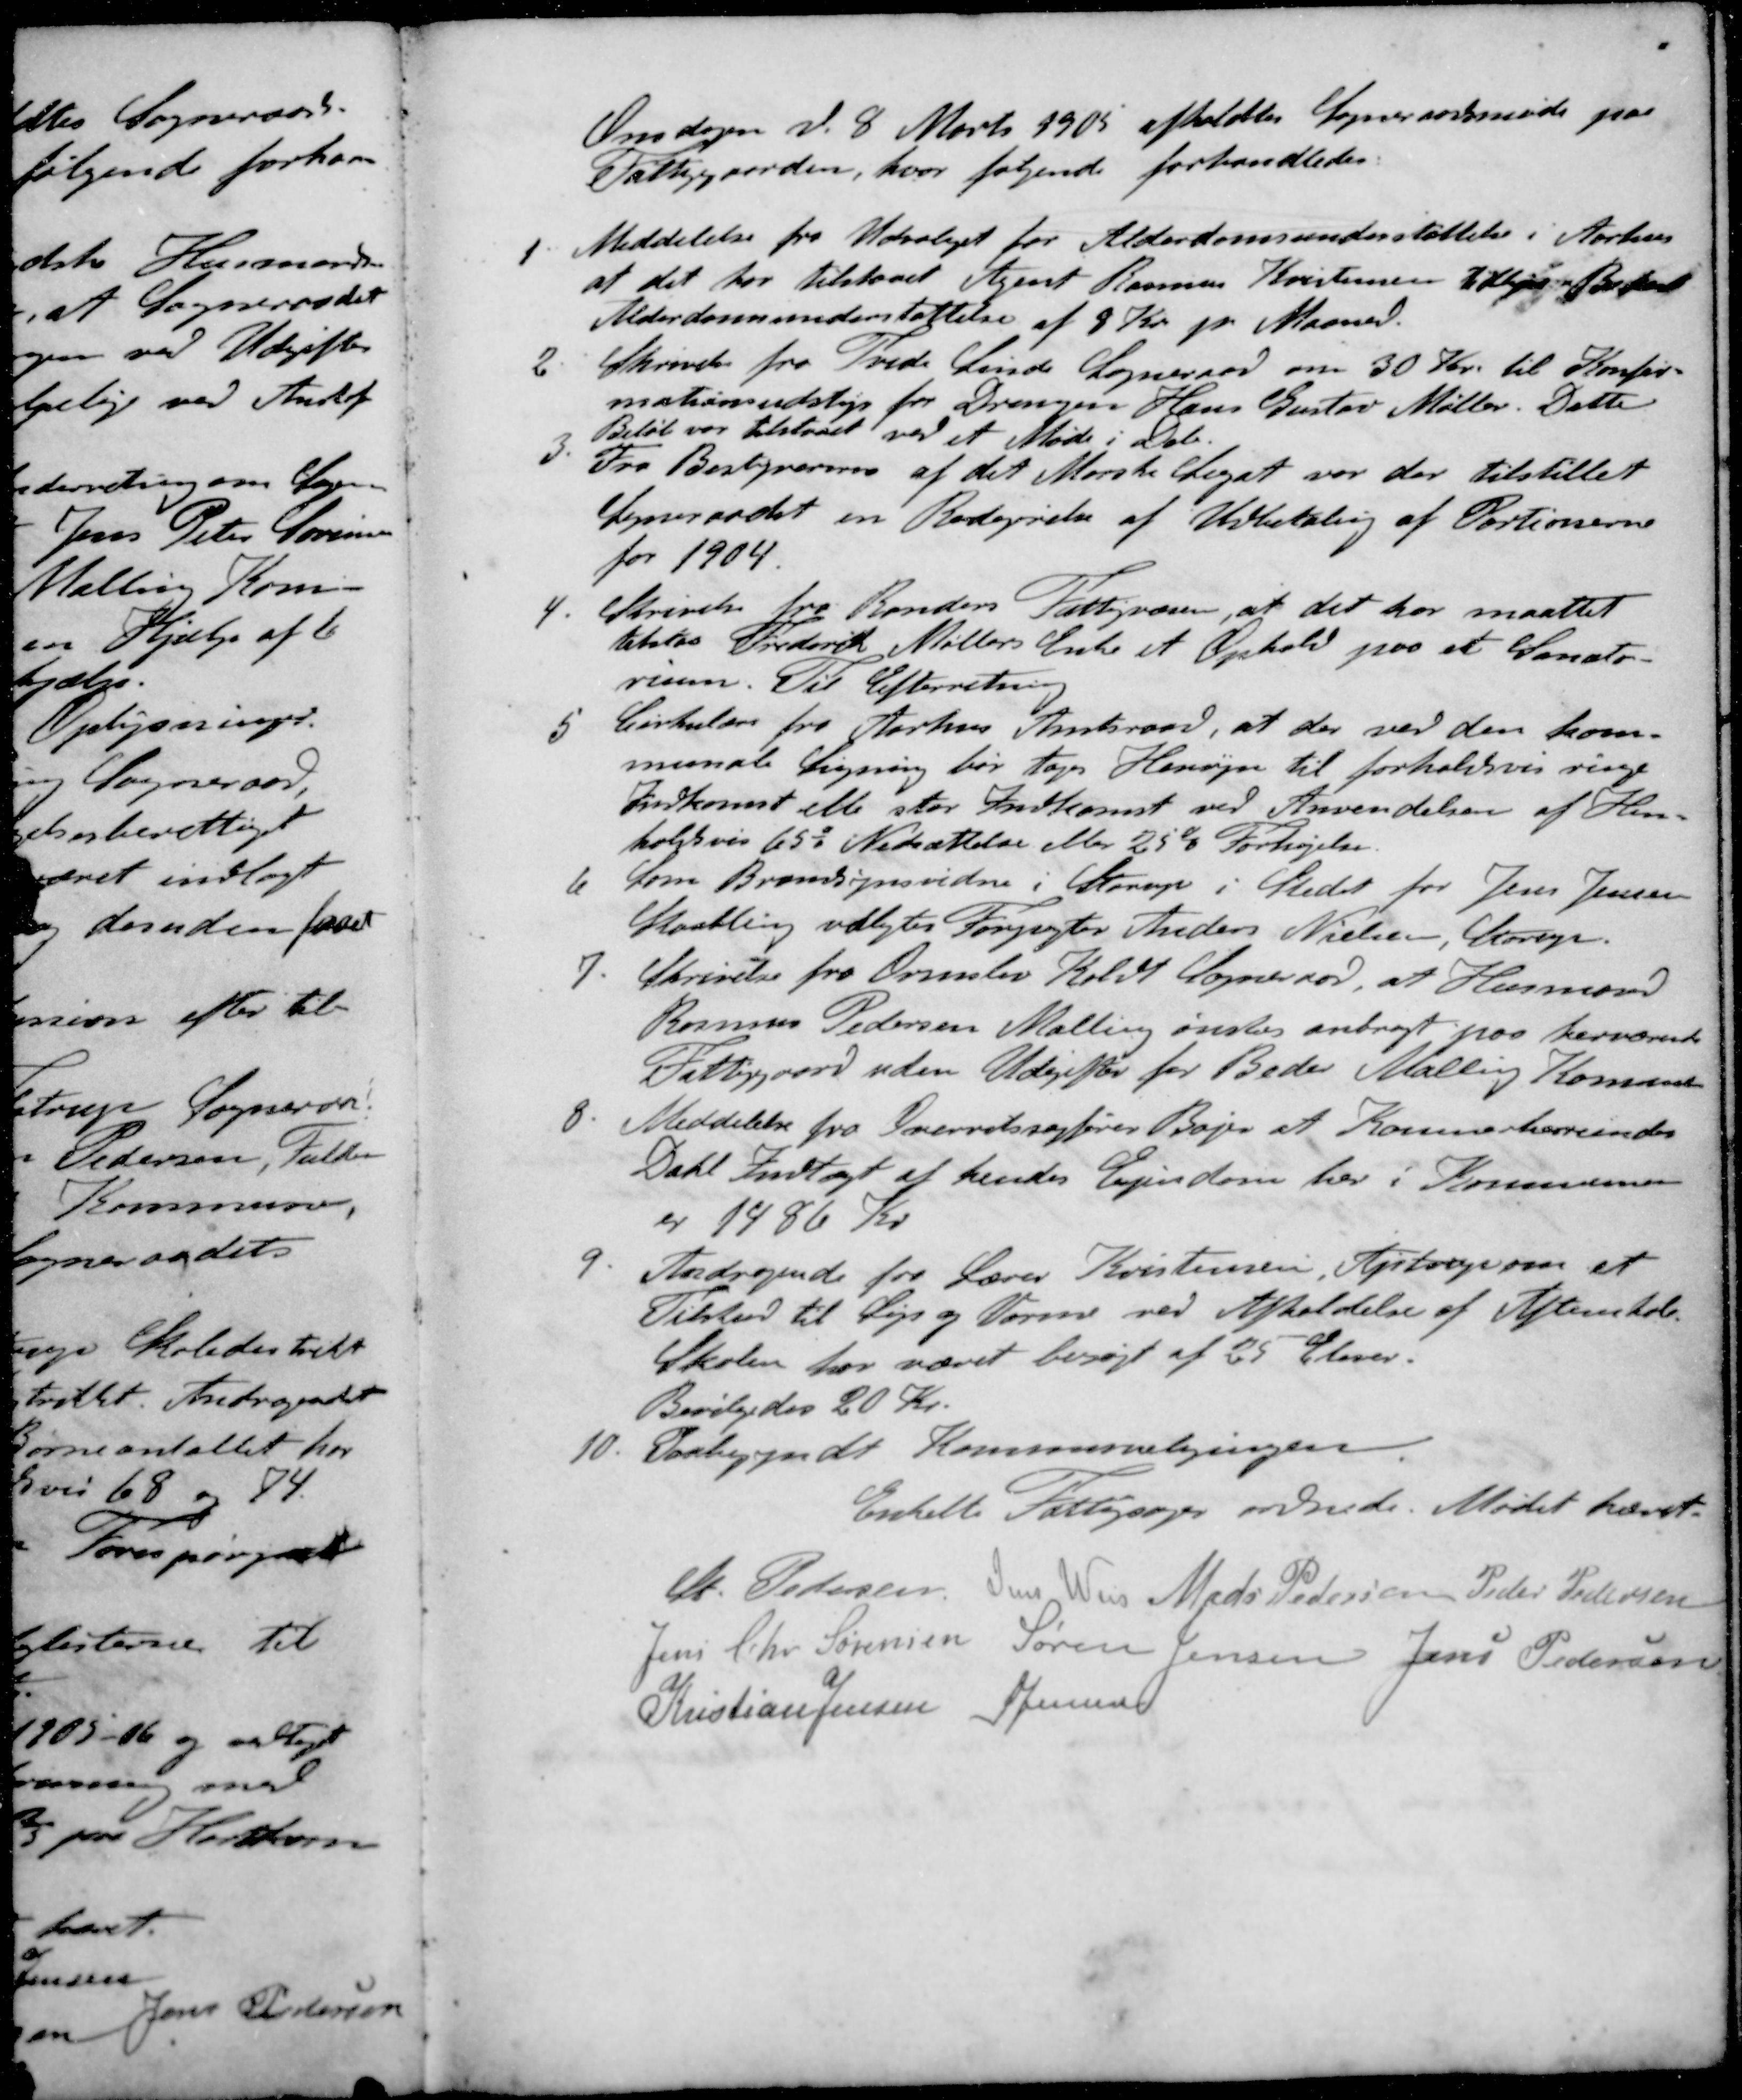
Transskription:
Onsdagen d. 8. Marts 1905 afholdtes Sogneraadsmøde paa
Fattiggaarden, hvor følgende forhandledes.
1. Meddelelse fra Udvalget for Alderdomsunderstøttelse i Aarhus
at det har tilstaaet Agent Rasmus Kristensen Elkjær Beder
Alderdomsunderstøttelse af 8 Kr pr Maaned.
2. Skrivelse fra Tvede Linde Sogneraad om 30 Kr. til Konfir-
mationsudstyr for Drengen Hans Gustav Møller. Dette
Beløb var tilstaaet ved et Møde i Dcb.
3. Fra Bestyrering af det Morske Legat var der tilstillet
Sogneraadet en Redegørelse af Udbetaling af Portionerne
for 1904.
4. Skrivelse fra Randers Fattigvæsen, at det har maattet
tilstaa Frederik Møllers Enke et Ophold paa et Sanato-
rium. Til Efterretning
5. Cirkulære fra Aarhus Amtsraad, at der ved den kom-
munale Ligning bør tages Hensyn til forholdsvis ringe
Indkomst elle stor Indkomst ved Anvendelsen af Hen-
holgsvis 65% Nedsættelse eller 25% Forhøjelse.
6. Som Brandsynsvidne i Starup i Stedet for Jens Jensen
Malling valgtes Forpagter Anders Nielsen, Starup.
7. Skrivelse fra Ormslev Koldt Sogneraad, at Husmand
Rasmus Pedersen Malling ønskes anbragt paa herværende
Fattiggaard uden Udgifter for Beder Malling Komune
8. Meddelelse fra Overretssagfører Bajer at Kammerherreinde
Dahl Indtægt af hendes Ejendom her i Kommunen
er 1486 Kr.
9. Andragende fra Lærer Kristensen, Ajstrup om et
Tilskud til Lys og Varme ved Afholdelse af Aftenskole.
Skolen har været besøgt af 25 Elever.
Bevilgedes 20 Kr.
10. Paabegyndt Kommuneligningen
Enkelte Fattigsager ordnede. Mødet hævet
St Pedersen
Jens Weis
Mads Pedersen
Peder Pedersen
Jens Chr. Sørensen
Søren Jensen
Jens Pedersen
Kristian Jensen
S Jensen